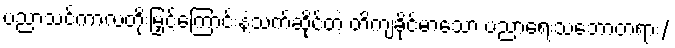
ပညာသင်ကာလတိုးမြှင့်ကြောင်းနဲ့သက်ဆိုင်တဲ့ တိကျခိုင်မာသော ပညာရေးသဘောတရား/